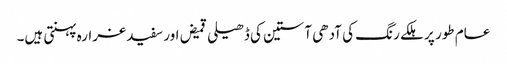
عام طور پر ہلکے رنگ کی آدھی آستین کی ڈھیلی قمیض اور سفید غرارہ پہنتی ہیں۔